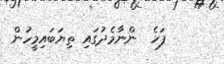
ފަހެ  ންނާމެދުގައި ތިޔަބައިމީހުން